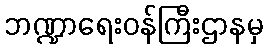
ဘဏ္ဍာရေးဝန်ကြီးဌာနမှ